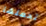
تحملها